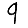
Digit: 9